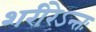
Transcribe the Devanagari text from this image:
शरीरेऽन्तः